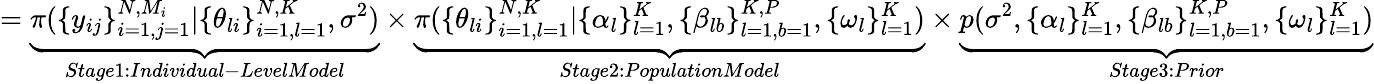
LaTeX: =\underbrace{\pi(\{ y_{ij}\} _{i=1,j=1}^{N,M_{i}}|\{ \theta_{li}\} _{i=1,l=1}^{N,K},\sigma^{2})}_{Stage1:Individual-LevelModel}\times\underbrace{\pi(\{ \theta_{li}\} _{i=1,l=1}^{N,K}|\{ \alpha_{l}\} _{l=1}^{K},\{ \beta_{lb}\} _{l=1,b=1}^{K,P},\{ \omega_{l}\} _{l=1}^{K})}_{Stage2:PopulationModel}\times\underbrace{p(\sigma^{2},\{ \alpha_{l}\} _{l=1}^{K},\{ \beta_{lb}\} _{l=1,b=1}^{K,P},\{ \omega_{l}\} _{l=1}^{K})}_{Stage3:Prior}